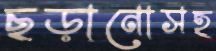
ছড়ানোসহ